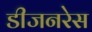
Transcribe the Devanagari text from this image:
डीजनरेस